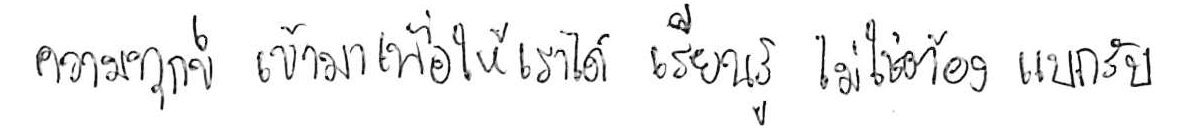
ความทุกข์ เข้ามาเพื่อให้เราได้ เรียนรู้ ไม่ใช่ต้อง แบกรับ